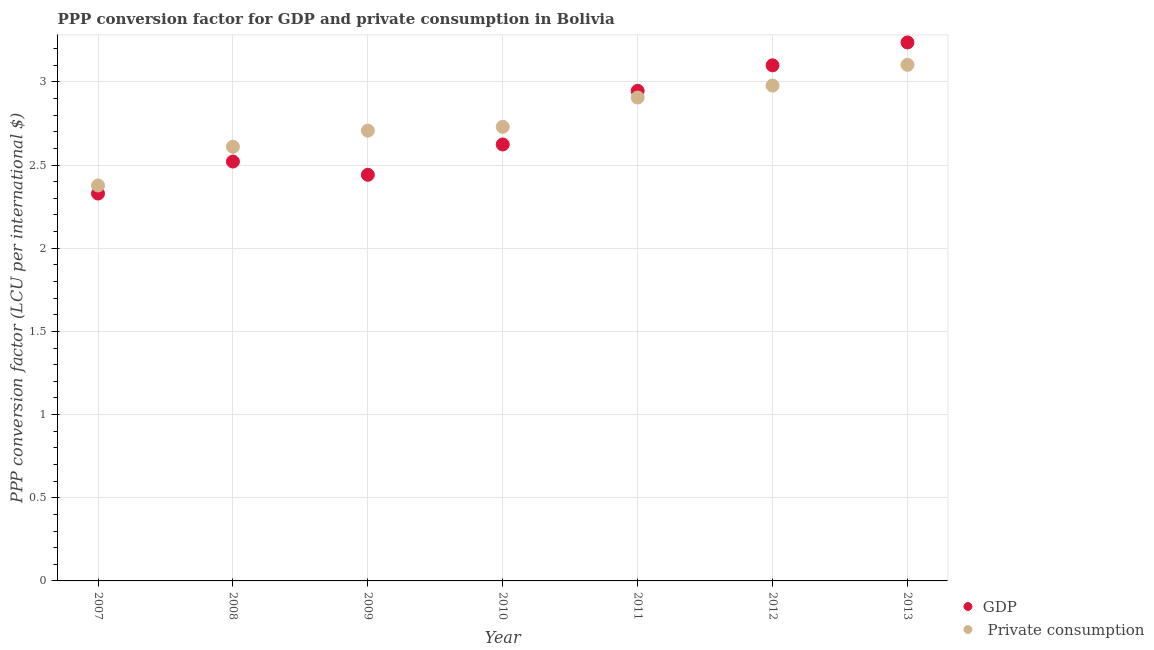
| Year | GDP |  Private consumption |
 | --- | --- | --- |
 | 2007 | 2.33 | 2.38 |
 | 2008 | 2.52 | 2.61 |
 | 2009 | 2.44 | 2.71 |
 | 2010 | 2.62 | 2.73 |
 | 2011 | 2.95 | 2.91 |
 | 2012 | 3.1 | 2.98 |
 | 2013 | 3.24 | 3.1 |